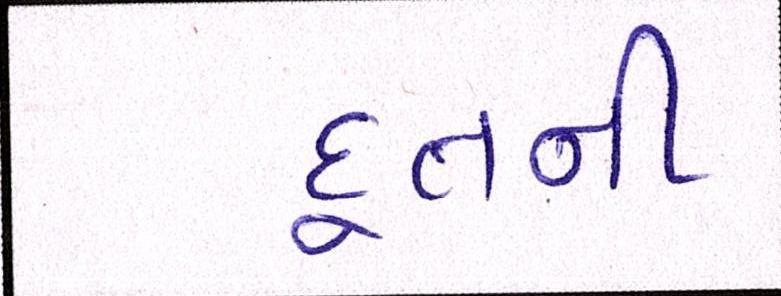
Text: દૂતની